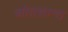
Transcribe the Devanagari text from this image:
स्रोतशान्त